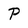
Character: P